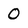
Character: 0